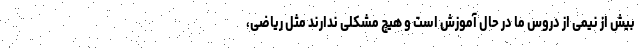
بیش از نیمی از دروس ما در حال آموزش است و هیچ مشکلی ندارند مثل ریاضی،